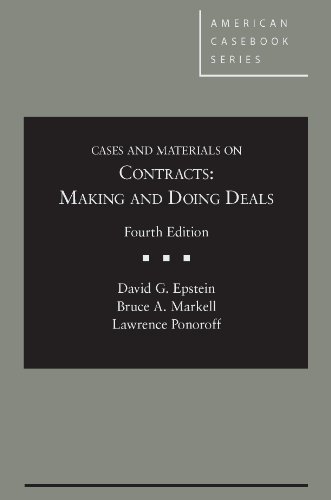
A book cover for Cases and Materials on Contracts: Making and Doing Deals, 4th (American Casebook Series); David Epstein; Law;